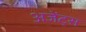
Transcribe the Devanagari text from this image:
अजेंट्स